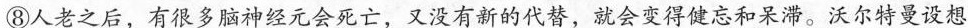
⑧人老之后，有很多脑神经元会死亡，又没有新的代替，就会变得健忘和呆滞。沃尔特曼设想